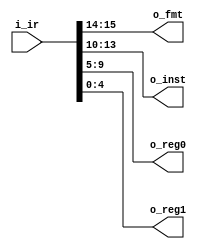
module dispatcher(i_ir, o_fmt, o_inst, o_reg0, o_reg1);
    input [15:0] i_ir;

    output [4:0] o_reg0, o_reg1;
    output [3:0] o_inst;
    output [1:0] o_fmt;

    assign o_fmt  = i_ir[15:14];
    assign o_inst = i_ir[13:10];
    assign o_reg0 = i_ir[ 9: 5];
    assign o_reg1 = i_ir[ 4: 0];

endmodule